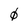
Character: 0